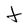
Character: t